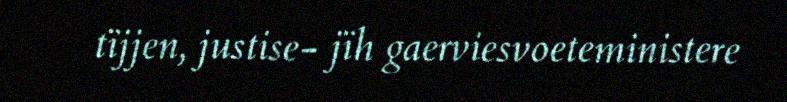
tïjjen, justise- jïh gaerviesvoeteministere